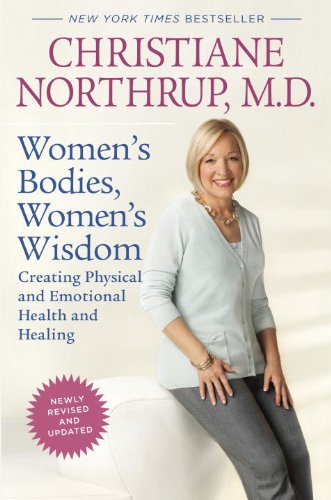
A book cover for Women's Bodies, Women's Wisdom (Revised Edition): Creating Physical and Emotional Health and Healing; Christiane Northrup M.D.; Health, Fitness & Dieting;